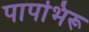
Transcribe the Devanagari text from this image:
पापभिरू